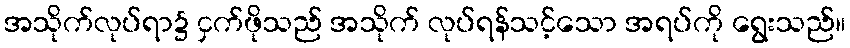
အသိုက်လုပ်ရာ၌ ငှက်ဖိုသည် အသိုက် လုပ်ရန်သင့်သော အရပ်ကို ရွေးသည်။